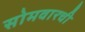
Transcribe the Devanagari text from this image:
सोमवारची